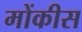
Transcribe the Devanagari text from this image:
मोंकीस